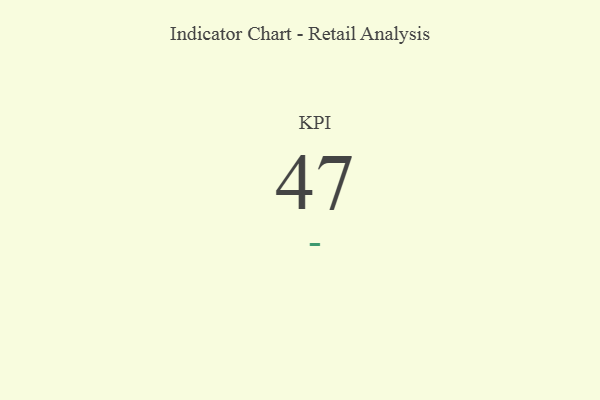
{"axis": {"x": "KPI", "y": "Value"}, "legend": [""], "data": [{"x": "KPI", "y": 47, "type": ""}]}